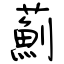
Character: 薊